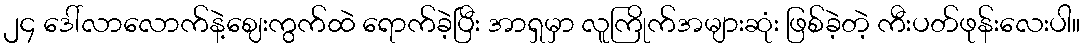
၂၄ ဒေါ်လာလောက်နဲ့ဈေးကွက်ထဲ ရောက်ခဲ့ပြီး အာရှမှာ လူကြိုက်အများဆုံး ဖြစ်ခဲ့တဲ့ ကီးပတ်ဖုန်းလေးပါ။